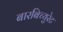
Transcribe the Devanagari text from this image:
बारबिच्युरेट